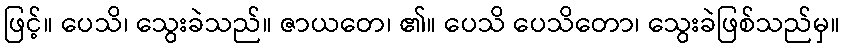
ဖြင့်။ ပေသိ၊ သွေးခဲသည်။ ဇာယတေ၊ ၏။ ပေသိ ပေသိတော၊ သွေးခဲဖြစ်သည်မှ။